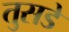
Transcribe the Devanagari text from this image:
तुसडे